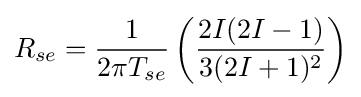
R_{se}={\frac {1}{2\pi T_{se}}}\left({\frac {2I(2I-1)}{3(2I+1)^{2}}}\right)